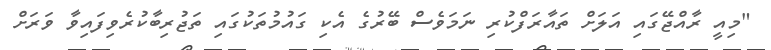
"މިއީ ރާއްޖޭގައި އަލަށް ތައާރަފްކުރި ނަމަވެސް ބޭރުގެ އެކި ގައުމުތަކުގައި ތަޖުރިބާކުރެވިފައިވާ ވަރަށް